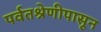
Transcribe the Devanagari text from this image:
पर्वतश्रेणीपासून